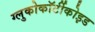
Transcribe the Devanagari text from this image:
ग्लुकोकॉर्टीकोइड